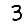
Digit: 3